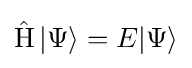
\operatorname {\hat {H}} |\Psi \rangle =E|\Psi \rangle